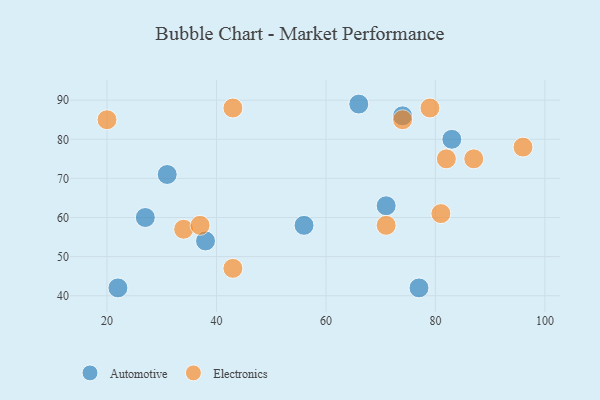
{"axis": {"x": "GDP", "y": "Life Expectancy"}, "legend": ["Automotive", "Electronics"], "data": [{"x": "83", "y": 80, "type": "Automotive"}, {"x": "56", "y": 58, "type": "Automotive"}, {"x": "38", "y": 54, "type": "Automotive"}, {"x": "71", "y": 63, "type": "Automotive"}, {"x": "27", "y": 60, "type": "Automotive"}, {"x": "22", "y": 42, "type": "Automotive"}, {"x": "31", "y": 71, "type": "Automotive"}, {"x": "77", "y": 42, "type": "Automotive"}, {"x": "66", "y": 89, "type": "Automotive"}, {"x": "74", "y": 86, "type": "Automotive"}, {"x": "34", "y": 57, "type": "Electronics"}, {"x": "20", "y": 85, "type": "Electronics"}, {"x": "96", "y": 78, "type": "Electronics"}, {"x": "37", "y": 58, "type": "Electronics"}, {"x": "74", "y": 85, "type": "Electronics"}, {"x": "81", "y": 61, "type": "Electronics"}, {"x": "79", "y": 88, "type": "Electronics"}, {"x": "82", "y": 75, "type": "Electronics"}, {"x": "87", "y": 75, "type": "Electronics"}, {"x": "71", "y": 58, "type": "Electronics"}, {"x": "43", "y": 47, "type": "Electronics"}, {"x": "43", "y": 88, "type": "Electronics"}]}